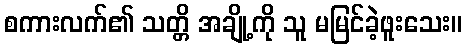
စကားလက်၏ သတ္တိ အချို့ကို သူ မမြင်ခဲ့ဖူးသေး။